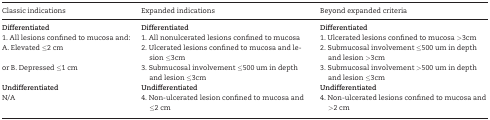
<table><thead><tr><td><b>Classic indications</b></td><td><b>Expanded indications</b></td><td><b>Beyond expanded criteria</b></td></tr></thead><tbody><tr><td><b>Differentiated</b></td><td><b>Differentiated</b></td><td><b>Differentiated</b></td></tr><tr><td>1. All lesions confined to mucosa and:</td><td>1. All nonulcerated lesions confined to mucosa</td><td>1. Ulcerated lesions confined to mucosa &gt;3cm</td></tr><tr><td>A. Elevated ≤2 cm</td><td>2. Ulcerated lesions confined to mucosa and lesion ≤3cm</td><td>2. Submucosal involvement ≤500 um in depth and lesion &gt;3cm</td></tr><tr><td>or B. Depressed ≤1 cm</td><td>3. Submucosal involvement ≤500 um in depth and lesion ≤3cm</td><td>3. Submucosal involvement &gt;500 um in depth and lesion ≤3cm</td></tr><tr><td><b>Undifferentiated</b></td><td><b>Undifferentiated</b></td><td><b>Undifferentiated</b></td></tr><tr><td>N/A</td><td>4. Non-ulcerated lesion confined to mucosa and ≤2 cm</td><td>4. Non-ulcerated lesions confined to mucosa and &gt;2 cm</td></tr></tbody></table>